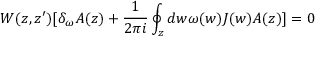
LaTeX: W ( z , z ^ { \prime } ) [ \delta _ { \omega } A ( z ) + \frac { 1 } { 2 \pi i } \oint _ { z } d w \omega ( w ) J ( w ) A ( z ) ] = 0